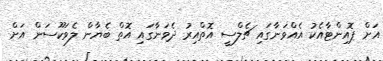
އަށް ޕޮއިންޓާއެކު އެއްވަނާގައި ޗެލްސީ އޮތްއިރު ދެވަނާގައި އޮތް ބެޔާން ލެވަކޫސަން އަށް